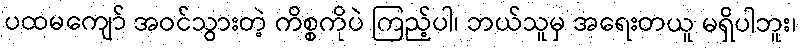
ပထမကျော် အဝင်သွားတဲ့ ကိစ္စကိုပဲ ကြည့်ပါ၊ ဘယ်သူမှ အရေးတယူ မရှိပါဘူး၊